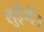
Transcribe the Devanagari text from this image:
लुईमें।